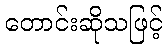
တောင်းဆိုသဖြင့်